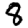
Digit: 8